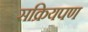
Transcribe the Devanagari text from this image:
सक्रियपण